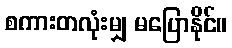
စကားတလုံးမျှ မပြောနိုင်။